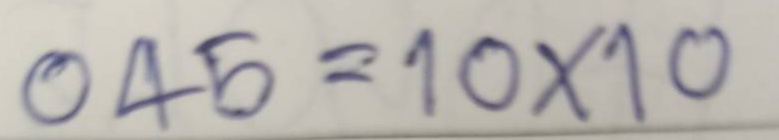
045 =10x10